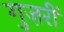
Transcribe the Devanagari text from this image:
गुज़रीं